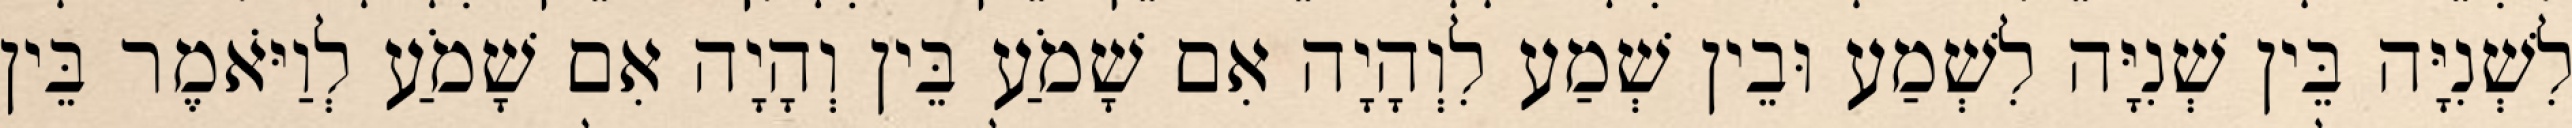
לִשְׁנִיָּה בֵּין שְׁנִיָּה לִשְׁמַע וּבֵין שְׁמַע לִוְהָיָה אִם שָׁמֹעַ בֵּין וְהָיָה אִם שָׁמֹעַ לְוַיֹּאמֶר בֵּין